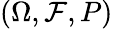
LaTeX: (\Omega,{\cal{F}},P)